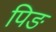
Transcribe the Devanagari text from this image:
पिङ